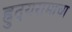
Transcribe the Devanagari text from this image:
ह्रुदयरामाचा